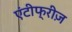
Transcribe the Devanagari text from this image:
एंटीफ्रीज़